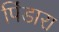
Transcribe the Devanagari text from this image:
पिंडारा